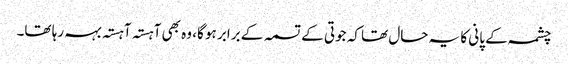
چشمہ کے پانی کا یہ حال تھا کہ جوتی کے تسمہ کے برابر ہو گا، وہ بھی آہستہ آہستہ بہہ رہا تھا۔